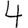
Digit: 4